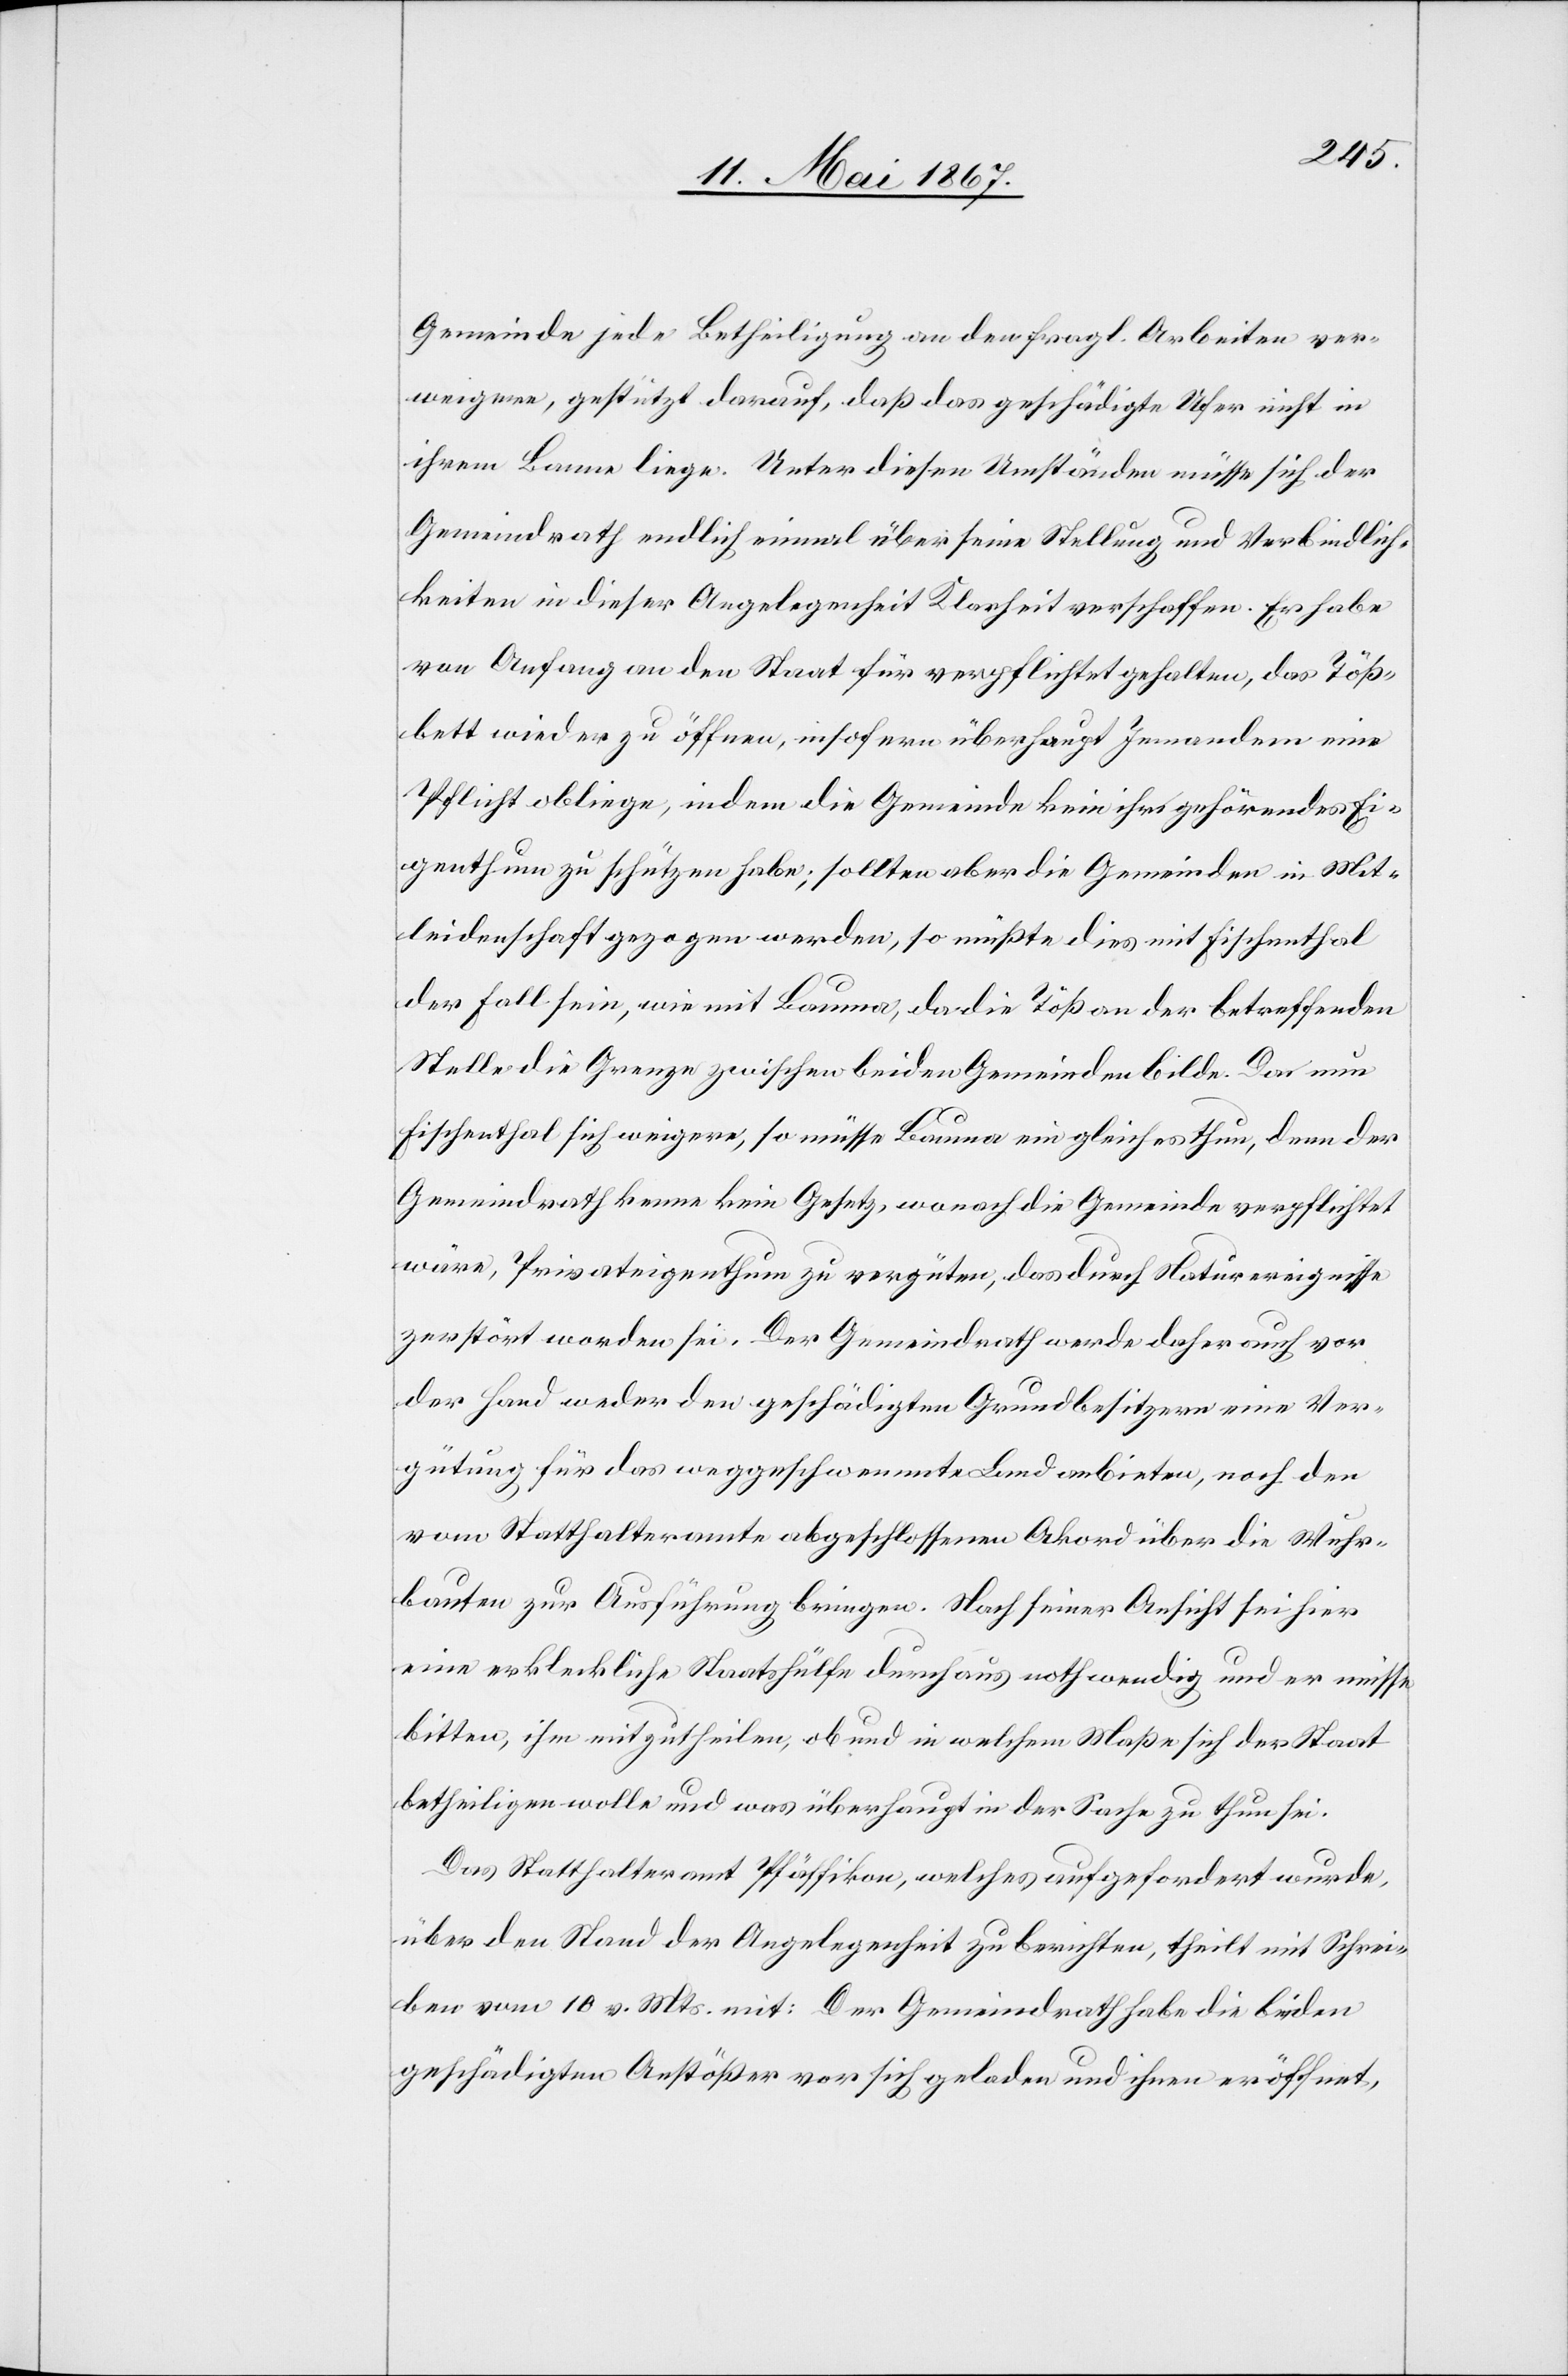
Gemeinde jede Betheiligung an den fragl. Arbeiten ver¬
weigere, gestützt darauf, daß das geschädigte Ufer nicht in
ihrem Banne liege. Unter diesen Umständen müsse sich der
Gemeindrath endlich einmal über seine Stellung und Verbindlich¬
keiten in dieser Angelegenheit Klarheit verschaffen. Er habe
von Anfang an den Staat für verpflichtet gehalten, das Töß¬
bett wieder zu öffnen, insofern überhaupt Jemandem eine
Pflicht obliege, indem die Gemeinde kein ihr gehörendes Ei¬
genthum zu schützen habe; sollten aber die Gemeinden in Mit¬
leidenschaft gezogen werden, so müßte dies mit Fischenthal
der Fall sein, wie mit Bauma, da die Töß an der betreffenden
Stelle die Grenze zwischen beiden Gemeinden bilde. Da nun
Fischenthal sich weigere, so müsse Bauma ein gleiches thun, denn der
Gemeindrath kenne kein Gesetz, wonach die Gemeinde verpflichtet
wäre, Privateigenthum zu vergüten, das durch Naturereignisse
zerstört worden sei. Der Gemeindrath werde daher auch vor
der Hand weder den geschädigten Grundbesitzern eine Ver¬
gütung für das weggeschwemmte Land anbieten, noch den
vom Statthalteramte abgeschlossenen Akord über die Wuhr¬
bauten zur Ausführung bringen. Nach seiner Ansicht sei hier
eine erkleckliche Staatshülfe durchaus nothwendig und er müsse
bitten, ihm mitzutheilen, ob und in welchem Maße sich der Staat
betheiligen wolle und was überhaupt in der Sache zu thun sei.
Das Statthalteramt Pfäffikon, welches aufgefordert wurde,
über den Stand der Angelegenheit zu berichten, theilt mit Schrei¬
ben vom 10. v. Mts. mit: Der Gemeindrath habe die beiden
geschädigten Anstößer vor sich geladen und ihnen eröffnet